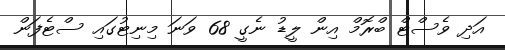
އަދި ވެސްޓް ބްރޮމް އިން ލީޑު ނެގީ 68 ވަނަ މިނިޓުގައި ސްޓެފަން